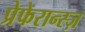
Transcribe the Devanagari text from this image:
प्रेफेरान्स्ज़